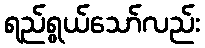
ရည်ရွယ်သော်လည်း